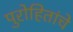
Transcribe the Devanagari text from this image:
पुरोहितांचे